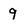
Character: 9